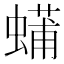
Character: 𮔴